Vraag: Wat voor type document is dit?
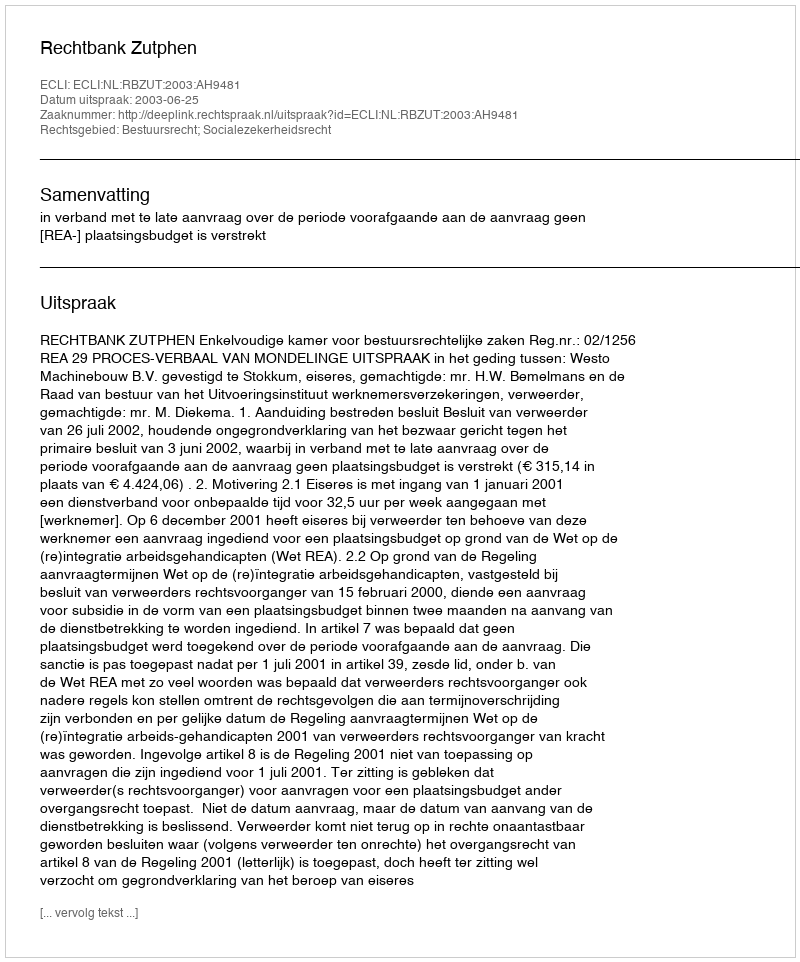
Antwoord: Uitspraak